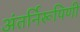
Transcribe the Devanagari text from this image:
अंतर्निरूपिणी